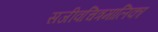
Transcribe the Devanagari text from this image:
सजीवचित्रमालिका